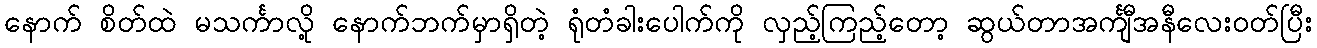
နောက် စိတ်ထဲ မသင်္ကာလို့ နောက်ဘက်မှာရှိတဲ့ ရုံတံခါးပေါက်ကို လှည့်ကြည့်တော့ ဆွယ်တာအင်္ကျီအနီလေးဝတ်ပြီး